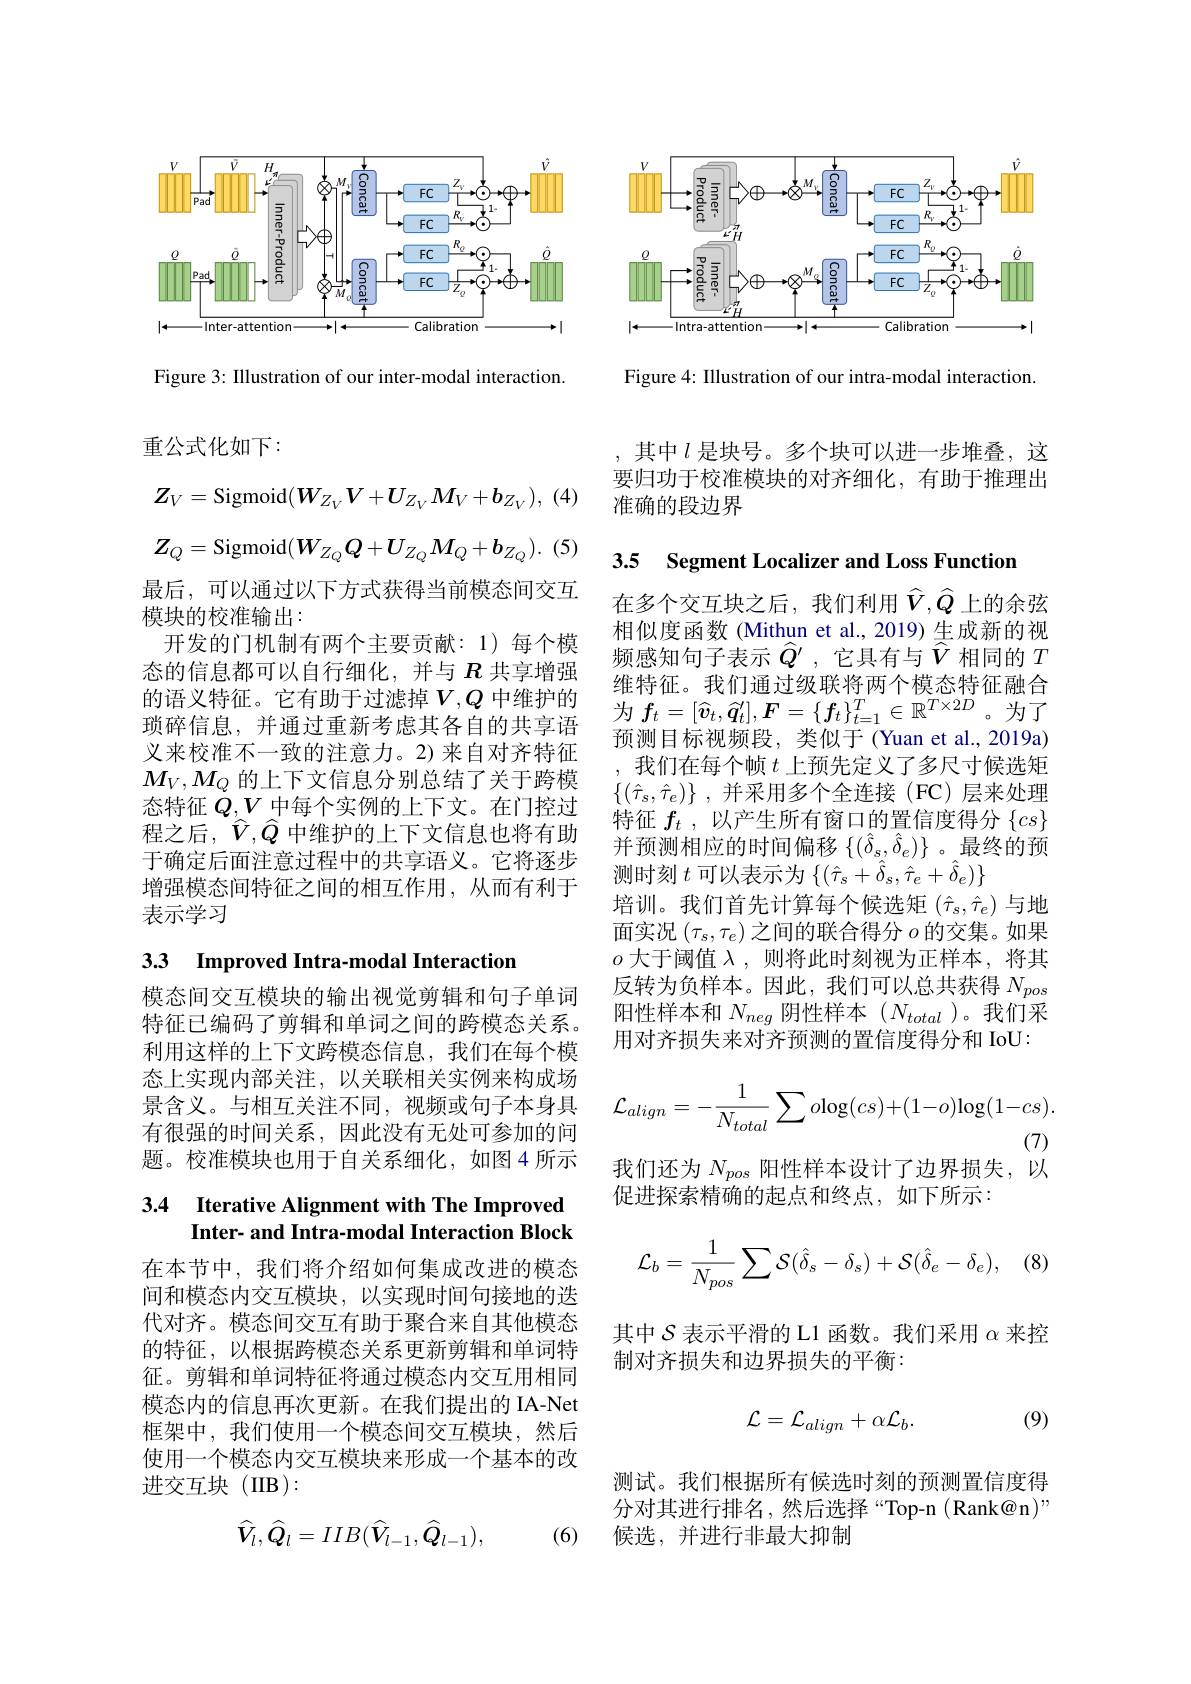
<FigureHere>

Figure 4: Illustration of our intra-modal interaction

<FigureHere>

Figure 3: Illustration of our inter-modal interaction.
$$Z_{V}=\mathrm{Sigmoid}(W_{Z_{V}}V+U_{Z_{V}}M_{V}+b_{Z_{V}}),\\Z_{Q}=\mathrm{Sigmoid}(W_{Z_{Q}}Q+U_{Z_{Q}}M_{Q}+b_{Z_{Q}}).$$
重公式化如下：
最后，可以通过以下方式获得当前模态间交互
模块的校准输出：
开发的门机制有两个主要贡献：1)每个模态的信息都可以自行细化，并与$R$共享增强的语义特征。它有助于过滤掉$V,Q$中维护的琐碎信息，并通过重新考虑其各自的共享语义来校准不一致的注意力。2)来自对齐特征$M_V,M_Q$的上下文信息分别总结了关于跨模态特征$\dot{Q},V$中每个实例的上下文。在门控过程之后，$\widehat{V},\widehat{Q}$中维护的上下文信息也将有助于确定后面注意过程中的共享语义。它将逐步增强模态间特征之间的相互作用，从而有利于表示学习

3.3 Improved Intra-modal Interaction

模态间交互模块的输出视觉剪辑和句子单词特征已编码了剪辑和单词之间的跨模态关系。利用这样的上下文跨模态信息，我们在每个模态上实现内部关注，以关联相关实例来构成场景含义。与相互关注不同，视频或句子本身具有很强的时间关系，因此没有无处可参加的问题。校准模块也用于自关系细化，如图4 所示

## 3.4 Iterative Alignment with The Improved Inter- and Intra- modal Interaction Block

在本节中，我们将介绍如何集成改进的模态间和模态内交互模块，以实现时间句接地的迭代对齐。模态间交互有助于聚合来自其他模态的特征，以根据跨模态关系更新剪辑和单词特征。剪辑和单词特征将通过模态内交互用相同模态内的信息再次更新。在我们提出的 IA-Net 框架中，我们使用一个模态间交互模块，然后使用一个模态内交互模块来形成一个基本的改进交互块(IIB):
$$\hat{V}_l,\hat{Q}_l=IIB(\hat{V}_{l-1},\hat{Q}_{l-1}),$$
(6)

,其中$l$是块号。多个块可以进一步堆叠，这要归功于校准模块的对齐细化，有助于推理出准确的段边界

3.5 Segment Localizer and Loss Function

在多个交互块之后，我们利用$\widehat{V},\widehat{Q}$上的余弦相似度函数 (Mithun et al., 2019) 生成新的视频感知句子表示$\hat{Q}^{\prime}$ ,它具有与$\hat{V}$相同的$T$ 维特征。我们通过级联将两个模态特征融合为 $f_{t}= [ \widehat{\boldsymbol{v}} _{t}, \widehat{\boldsymbol{q}} _{t}^{\prime }] , \boldsymbol{F}= \{ \boldsymbol{f}_{t}\} _{t= 1}^{T}\in \mathbb{R} ^{T\times 2D}$。为 了 可 以 口 口 口 口 口 口 口预测目标视频段，类似于(Yuan et al.,2019a) ,我们在每个帧$t$上预先定义了多尺寸候选矩$\left\{(\hat{\tau}_s,\hat{\tau}_e)\right\}$,并采用多个全连接(FC)层来处理特征$f_t$ ,以产生所有窗口的置信度得分$\{cs\}$ 并预测相应的时间偏移$\{(\hat{\delta}_s,\hat{\delta}_e)\}$ 。最终的预测时刻$t$可以表示为$\{(\hat{\tau}_s+\hat{\delta}_s,\hat{\tau}_e+\hat{\delta}_e)\}$
培训。我们首先计算每个候选矩$(\hat{\tau}_s,\hat{\tau}_e)$与地面实况$(\tau_s,\tau_e)$之间的联合得分$o$的交集。如果$o$大于阈值$\lambda$,则将此时刻视为正样本，将其反转为负样本。因此，我们可以总共获得$N_{pos}$ 阳性样本和$N_{neg}$阴性样本$(N_{total}$ )。我们采用对齐损失来对齐预测的置信度得分和 IoU:
$$\mathcal{L}_{align}=-\frac1{N_{total}}\sum o\mathrm{log}(cs)+(1-o)\mathrm{log}(1-cs).$$
我们还为$N_{pos\text{ 阳性样本设计了边界损失，以}}^{(7)}$

促进探索精确的起点和终点，如下所示：
$$\mathcal{L}_{b}=\frac{1}{N_{pos}}\sum\mathcal{S}(\hat{\delta}_{s}-\delta_{s})+\mathcal{S}(\hat{\delta}_{e}-\delta_{e}),$$
其中$\mathcal{S}$表示平滑的 L1 函数。我们采用$\alpha$来控
制对齐损失和边界损失的平衡：
$$\mathcal{L}=\mathcal{L}_{align}+\alpha\mathcal{L}_{b}.$$
(9)

测试。我们根据所有候选时刻的预测置信度得分对其进行排名，然后选择“Top-n(Rank@n)” 候选，并进行非最大抑制